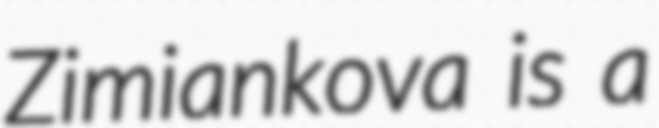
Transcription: Zimiankova is a